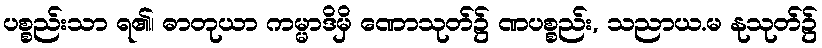
ပစ္စည်းသာ ရ၏၊ ဓာတုယာ ကမ္မာဒိမှိ ဏောသုတ်၌ ဏပစ္စည်း, သညာယ.မ နုသုတ်၌